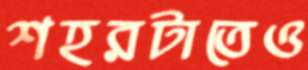
শহরটাতেও